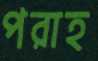
পরাহ